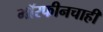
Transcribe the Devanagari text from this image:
मॉरफीनचाही